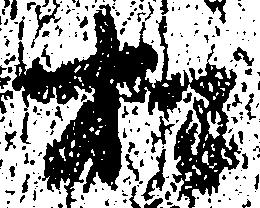
松